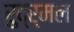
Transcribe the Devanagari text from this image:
रुद्र्मल